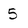
Character: 5